Lunatic asylums Punjab 1881-1894 - 1881-1894
Year: 1881
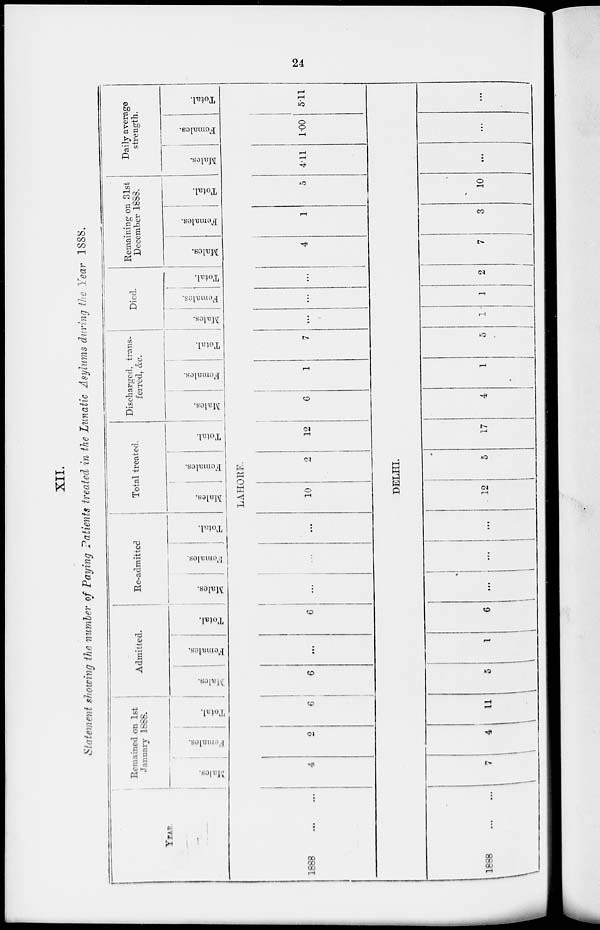
24
XII.
Statement showing the number of Paying Patients treated in the Lunatic Asylums during the Year 1888.
YEAR.
Remained on 1st
January 1888.
Males.
Females.
Total.
Admitted.
Males.
Females.
Total.
Re-admitted
Males.
Females.
Total.
Total treated.
Males.
Females.
Total.
Discharged, trans-
ferred, &c.
Males.
Females.
Total.
Died.
Males.
Females.
Total.
Remaining on 31st
December 1888.
Males.
Females.
Total.
Daily average
strength.
Males.
Females.
Total.
LAHORE.
1888
4
2
6
6
...
6
...
...
...
10
2
12
6
1
7 ...
...
...
4
1
5 4.11 1.00 5.11
DELHI.
1888
...
...
7
4
11
5
1
6
...
...
...
12
5
17
4
1
5
1
1
2
7
3
10
...
...
...